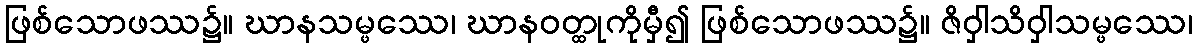
ဖြစ်သောဖဿ၌။ ဃာနသမ္ဖဿေ၊ ဃာနဝတ္ထုကိုမှီ၍ ဖြစ်သောဖဿ၌။ ဇိဝှါသိဝှါသမ္ဖဿေ၊